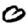
Digit: 0